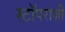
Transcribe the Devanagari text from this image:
स्टॉपराज़ी